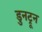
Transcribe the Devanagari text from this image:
डुनट्रून